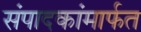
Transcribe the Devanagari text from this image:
संपादकांमार्फत